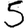
Digit: 5